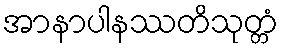
အာနာပါနဿတိသုတ္တံ